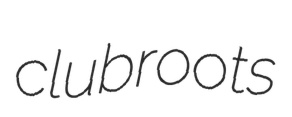
clubroots